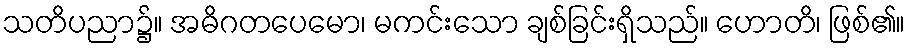
သတိပညာ၌။ အဓိဂတပေမော၊ မကင်းသော ချစ်ခြင်းရှိသည်။ ဟောတိ၊ ဖြစ်၏။